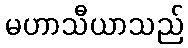
မဟာသီယာသည်